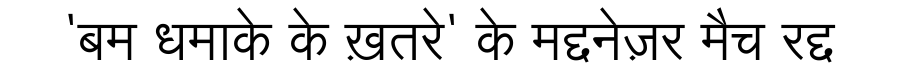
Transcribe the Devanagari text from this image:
'बम धमाके के ख़तरे' के मद्दनेज़र मैच रद्द